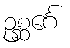
ဥစ္ဆင်္ဂေ